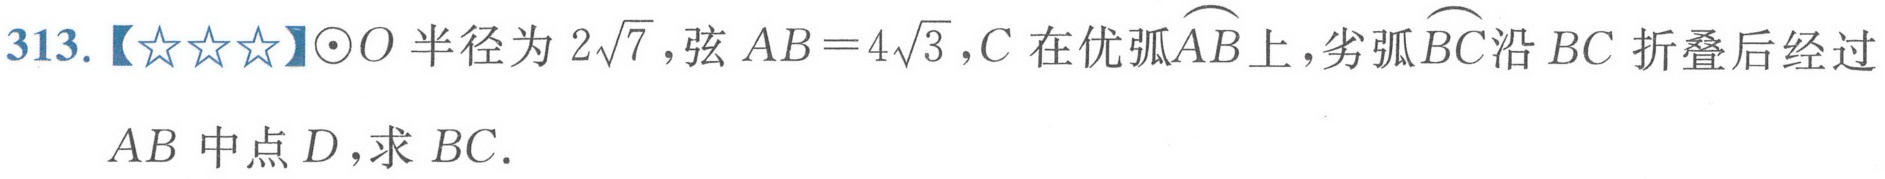
313.【★★★】$\odot O$半径为$2\sqrt{7}$，弦$AB = 4\sqrt{3}$，$C$在优弧$\overset{\frown}{AB}$上，劣弧$\overset{\frown}{BC}$沿$BC$折叠后经过$AB$中点$D$，求$BC$.